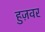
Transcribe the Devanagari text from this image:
हुज़वर